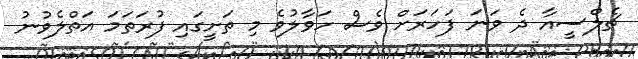
ޗެލްސީއާ ދެ ވަނަ ފަހަރަށް ވެސް ހަވާލުވެ މި ތަށީގަައި ފުރަތަމަ އަތްލެވުނު